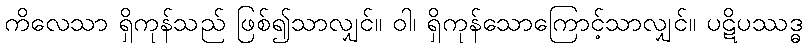
ကိလေသာ ရှိကုန်သည် ဖြစ်၍သာလျှင်။ ဝါ၊ ရှိကုန်သောကြောင့်သာလျှင်။ ပဋိပဿဒ္ဓ